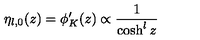
\eta _ { l , 0 } ( z ) = \phi _ { K } ^ { \prime } ( z ) \propto \frac { 1 } { \cosh ^ { l } z }